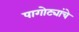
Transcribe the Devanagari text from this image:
पागोट्यांचे